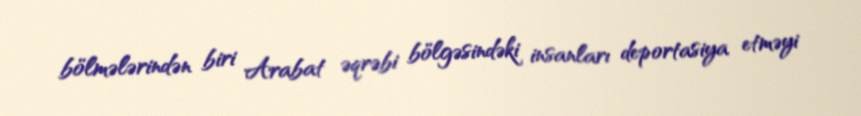
bölmələrindən biri Arabat əqrəbi bölgəsindəki insanları deportasiya etməyi